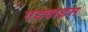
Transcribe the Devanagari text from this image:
एडवाइस